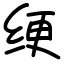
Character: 绠